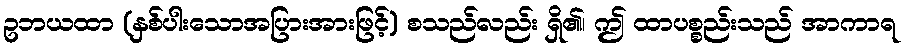
ဥဘယထာ (နှစ်ပါးသောအပြားအားဖြင့်) စသည်လည်း ရှိ၏၊ ဤ ထာပစ္စည်းသည် အာကာရ